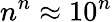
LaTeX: n^{n}\approx 10^{n}